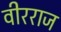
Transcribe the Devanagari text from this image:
वीरराज